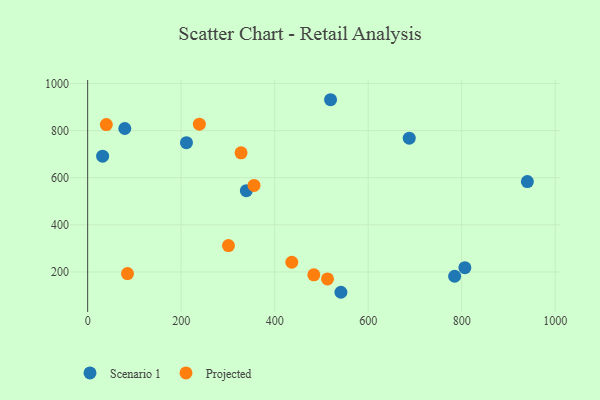
{"axis": {"x": "Engine Size", "y": "Rating"}, "legend": ["Projected", "Scenario 1"], "data": [{"x": "519.5", "y": 931.2, "type": "Scenario 1"}, {"x": "940.5", "y": 583.6, "type": "Scenario 1"}, {"x": "339.4", "y": 544.8, "type": "Scenario 1"}, {"x": "806.8", "y": 218.0, "type": "Scenario 1"}, {"x": "541.7", "y": 113.6, "type": "Scenario 1"}, {"x": "784.9", "y": 181.6, "type": "Scenario 1"}, {"x": "79.4", "y": 809.1, "type": "Scenario 1"}, {"x": "32.0", "y": 691.6, "type": "Scenario 1"}, {"x": "211.3", "y": 748.8, "type": "Scenario 1"}, {"x": "687.8", "y": 768.1, "type": "Scenario 1"}, {"x": "483.7", "y": 187.7, "type": "Projected"}, {"x": "85.2", "y": 193.0, "type": "Projected"}, {"x": "238.9", "y": 827.5, "type": "Projected"}, {"x": "355.8", "y": 567.1, "type": "Projected"}, {"x": "436.6", "y": 241.1, "type": "Projected"}, {"x": "39.9", "y": 825.6, "type": "Projected"}, {"x": "328.1", "y": 705.6, "type": "Projected"}, {"x": "513.0", "y": 170.2, "type": "Projected"}, {"x": "301.1", "y": 311.8, "type": "Projected"}]}